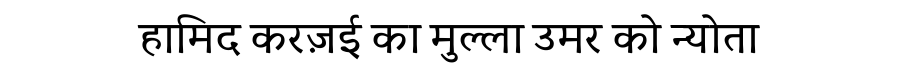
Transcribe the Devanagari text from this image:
हामिद करज़ई का मुल्ला उमर को न्योता